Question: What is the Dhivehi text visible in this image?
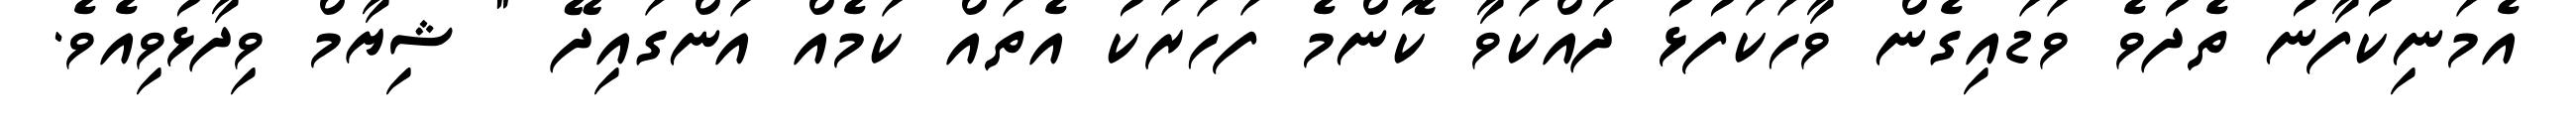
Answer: އެމަނިކުފާނު ތެދުވެ ވަޑައިގެން ވާހަކަފުޅު ދައްކަވާ ކޮންމެ ފަހަރަކު އެތައް ކަމެއް އަންގައިދޭ " ޝިޔާމް ވިދާޅުވިއެވެ.